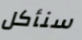
سنأكل